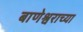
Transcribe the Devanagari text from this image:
बाणेश्वराच्या